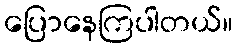
ပြောနေကြပါတယ်။